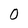
Character: N